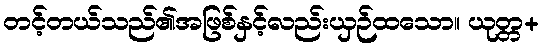
တင့်တယ်သည်၏အဖြစ်နှင့်လည်းယှဉ်ထသော။ ယုတ္တ+